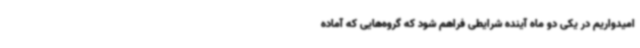
امیدواریم در یکی دو ماه آینده شرایطی فراهم شود که گروه‌هایی که آماده